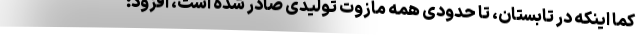
کما اینکه در تابستان، تا حدودی همه مازوت تولیدی صادر شده است، افزود: